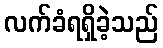
လက်ခံရရှိခဲ့သည်